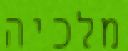
מלכיה